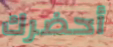
أحضرك